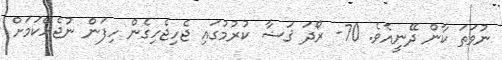
ނުވަތަ ކާން ދޭނީއެވެ. 70- ރޯދަ ޤަޟާ ކުރުމުގައި ޖެހިޖެހިގެން ހިފަން ނުޖެހޭކަމަށް